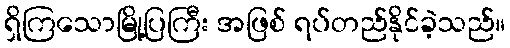
ရှိကြသောမြို့ပြကြီး အဖြစ် ရပ်တည်နိုင်ခဲ့သည်။